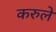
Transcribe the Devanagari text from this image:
करुले